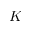
K